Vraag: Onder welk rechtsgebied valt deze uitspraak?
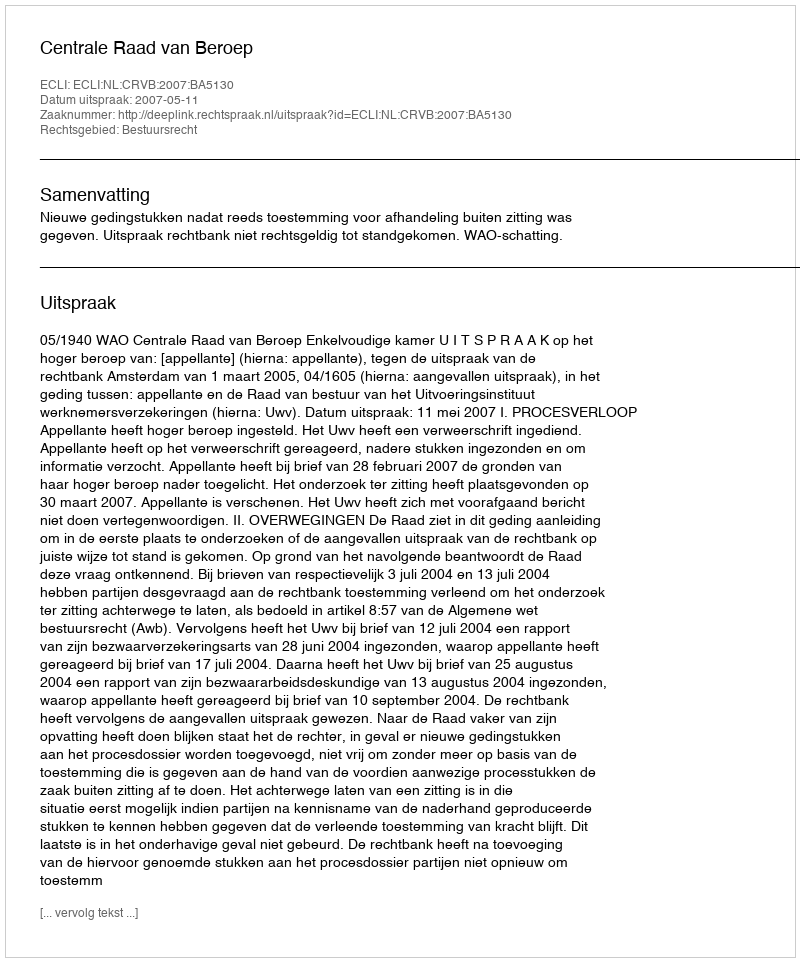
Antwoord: Bestuursrecht